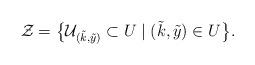
LaTeX: \begin{align*} \mathcal{Z} = \big\{ \mathcal{U}_{(\tilde{k} , \tilde{y})} \subset U \mid (\tilde{k} , \tilde{y}) \in U \big\} .\end{align*}